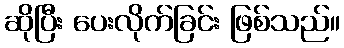
ဆိုပြီး ပေးလိုက်ခြင်း ဖြစ်သည်။